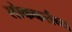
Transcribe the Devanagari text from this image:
लोककर्तव्य